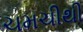
ચમચીથી